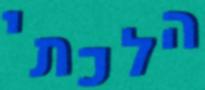
הלכתי